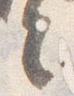
言